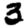
Digit: 3